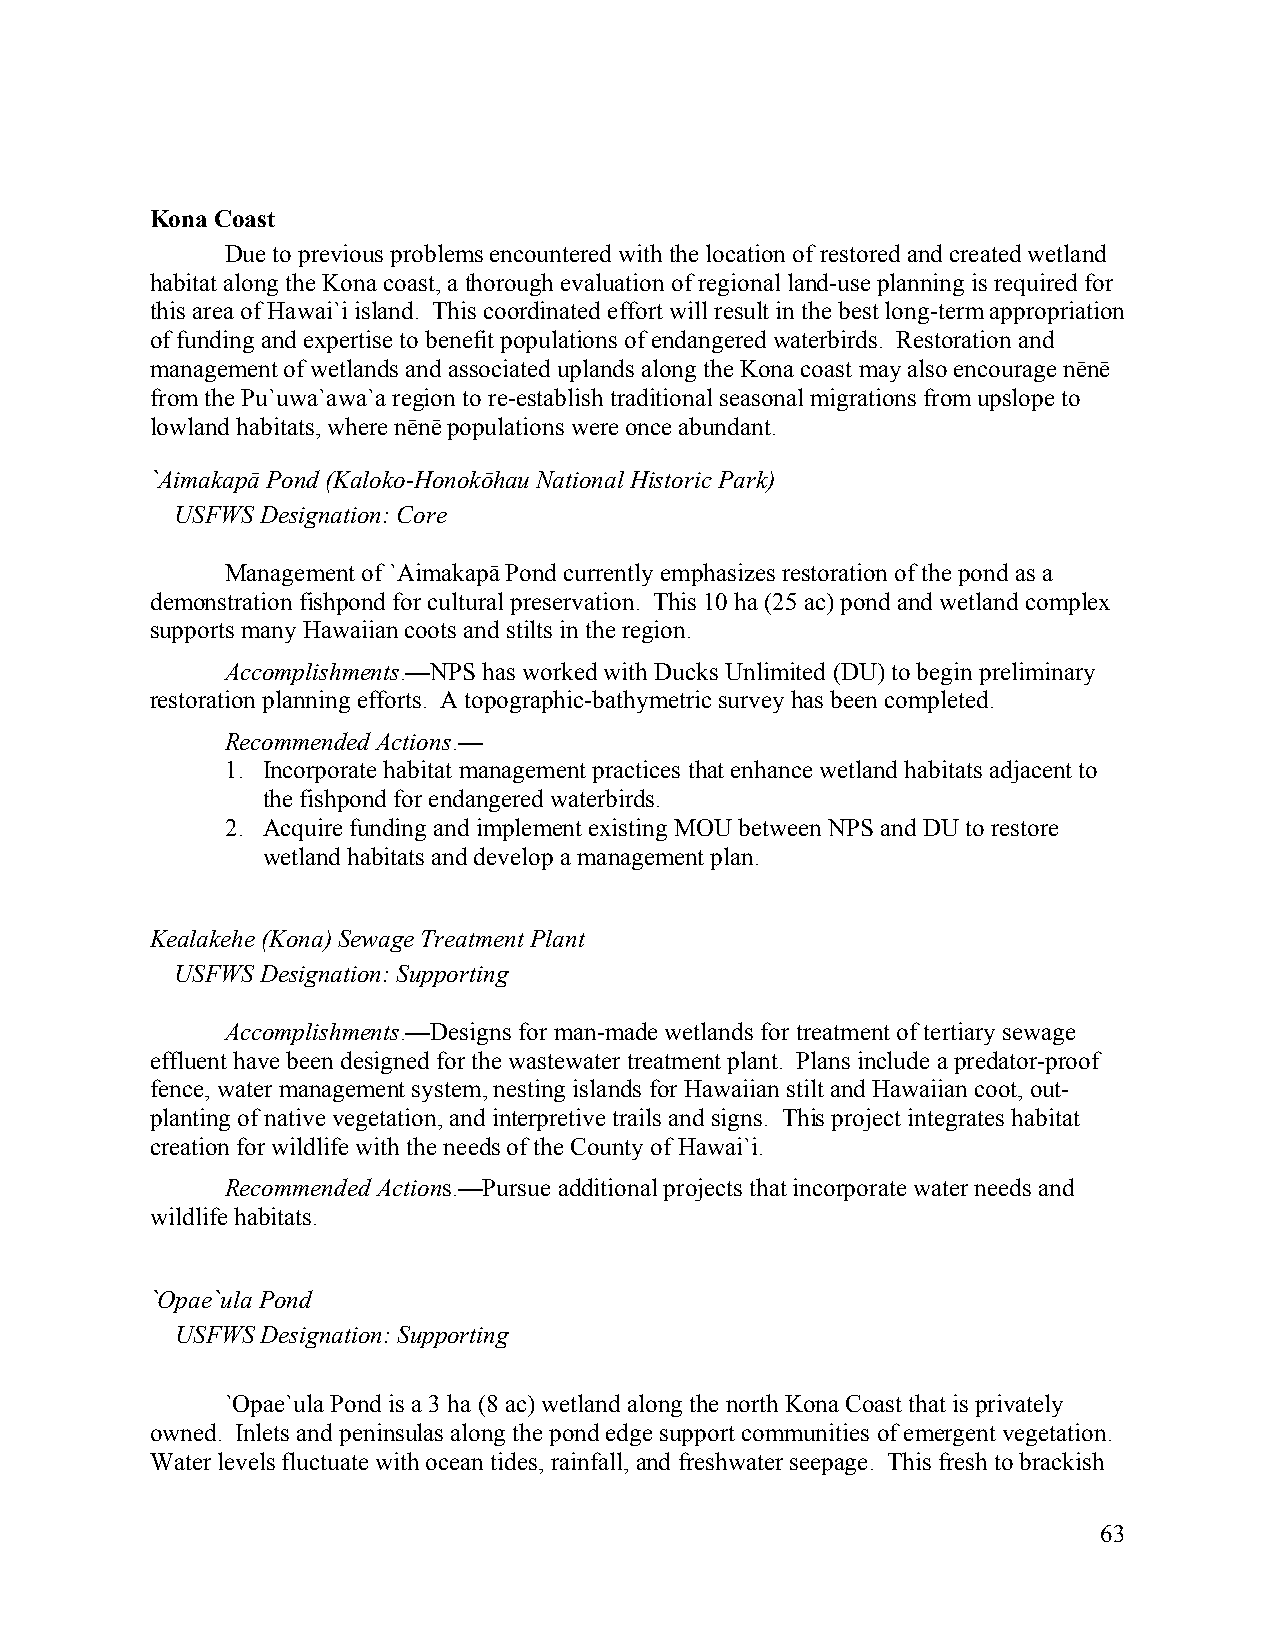
Kona Coast
 Due to previous problems encountered with the location of restored and created wetland
 habitat along the Kona coast, a thorough evaluation of regional land-use planning is required for
 this area of Hawai`i island. This coordinated effort will result in the best long-term appropriation
 of funding and expertise to benefit populations of endangered waterbirds. Restoration and
 management of wetlands and associated uplands along the Kona coast may also encourage nēnē
 from the Pu`uwa`awa`a region to re-establish traditional seasonal migrations from upslope to
 lowland habitats, where nēnē populations were once abundant.
 `Aimakapā Pond (Kaloko-Honokōhau National Historic Park)
 USFWS Designation: Core
 Management of `Aimakapā Pond currently emphasizes restoration of the pond as a
 demonstration fishpond for cultural preservation. This 10 ha (25 ac) pond and wetland complex
 supports many Hawaiian coots and stilts in the region.
 Accomplishments.—NPS has worked with Ducks Unlimited (DU) to begin preliminary
 restoration planning efforts. A topographic-bathymetric survey has been completed.
 Recommended Actions.—
 1. Incorporate habitat management practices that enhance wetland habitats adjacent to
 the fishpond for endangered waterbirds.
 2. Acquire funding and implement existing MOU between NPS and DU to restore
 wetland habitats and develop a management plan.
 Kealakehe (Kona) Sewage Treatment Plant
 USFWS Designation: Supporting
 Accomplishments.—Designs for man-made wetlands for treatment of tertiary sewage
 effluent have been designed for the wastewater treatment plant. Plans include a predator-proof
 fence, water management system, nesting islands for Hawaiian stilt and Hawaiian coot, out-
 planting of native vegetation, and interpretive trails and signs. This project integrates habitat
 creation for wildlife with the needs of the County of Hawai`i.
 Recommended Actions.—Pursue additional projects that incorporate water needs and
 wildlife habitats.
 `Opae`ula Pond
 USFWS Designation: Supporting
 `Opae`ula Pond is a 3 ha (8 ac) wetland along the north Kona Coast that is privately
 owned. Inlets and peninsulas along the pond edge support communities of emergent vegetation.
 Water levels fluctuate with ocean tides, rainfall, and freshwater seepage. This fresh to brackish
 63